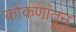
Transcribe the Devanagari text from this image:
कोंकणांतून